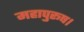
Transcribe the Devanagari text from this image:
महापुरूष।